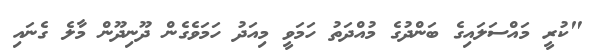
"ކުރީ މައްސަލައިގެ ބަންދުގެ މުއްދަތު ހަމަވީ މިއަދު ހަމަވެގެން ދޫނިދޫން މާލެ ގެނައި